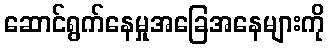
ဆောင်ရွက်နေမှုအခြေအနေများကို